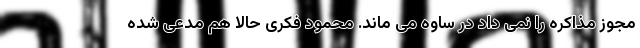
مجوز مذاکره را نمی داد در ساوه می ماند. محمود فکری حالا هم مدعی شده